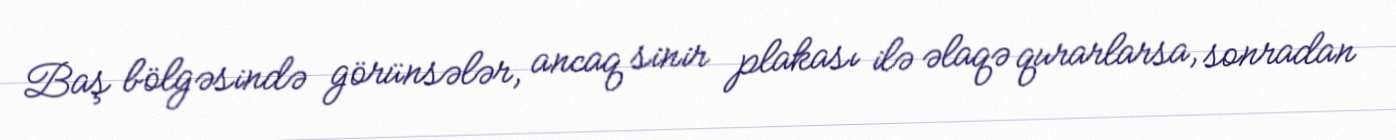
Baş bölgəsində görünsələr, ancaq sinir plakası ilə əlaqə qurarlarsa, sonradan